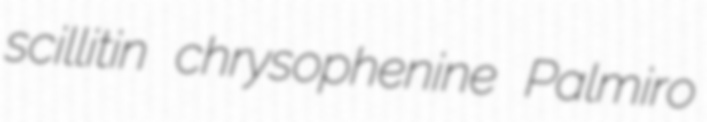
scillitin chrysophenine Palmiro